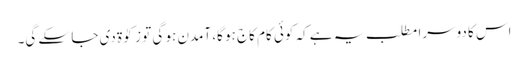
اس کا دوسرا مطلب یہ ہے کہ کوئی کام کاج ہو گا، آمدن ہو گی تو زکوٰۃ دی جا سکے گی۔